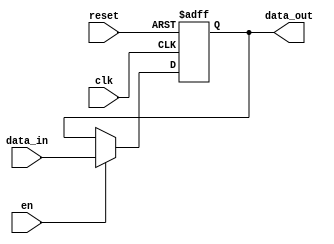
module PipelineBuffer #(
    parameter DATA_WIDTH = 8  // Parameter to define the width of the data
)(
    input wire clk,            // Clock signal
    input wire reset,          // Reset signal
    input wire en,            // Enable signal
    input wire [DATA_WIDTH-1:0] data_in,  // Input data
    output reg [DATA_WIDTH-1:0] data_out   // Output data
);

// Sequential logic for the Pipeline Buffer
always @(posedge clk or posedge reset) begin
    if (reset) begin
        data_out <= {DATA_WIDTH{1'b0}}; // Initialize output to zero on reset
    end else if (en) begin
        data_out <= data_in; // Latch input data to output on enable
    end
end

endmodule